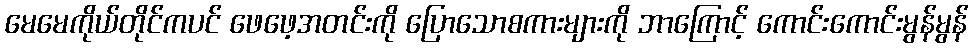
မေမေကိုယ်တိုင်ကပင် ဖေဖေ့အတင်းကို ပြောသောစကားများကို ဘာကြောင့် ကောင်းကောင်းမွန်မွန်